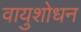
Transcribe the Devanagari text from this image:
वायुशोधन